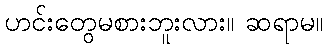
ဟင်းတွေမစားဘူးလား။ ဆရာမ။